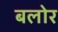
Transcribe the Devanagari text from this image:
बलोर